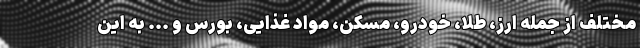
مختلف از جمله ارز، طلا، خودرو، مسکن، مواد غذایی، بورس و ... به این